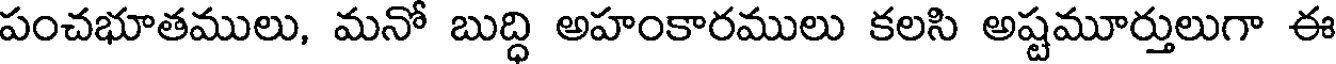
పంచభూతములు, మనో బుద్ధి అహంకారములు కలసి అష్టమూర్తులుగా ఈ